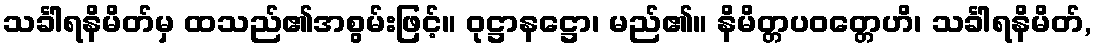
သင်္ခါရနိမိတ်မှ ထသည်၏အစွမ်းဖြင့်။ ဝုဋ္ဌာနဋ္ဌော၊ မည်၏။ နိမိတ္တပဝတ္တေဟိ၊ သင်္ခါရနိမိတ်,